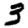
Digit: 3